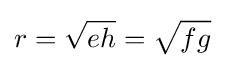
r={\sqrt {eh}}={\sqrt {fg}}